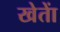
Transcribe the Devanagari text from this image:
खेताें